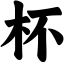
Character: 杯